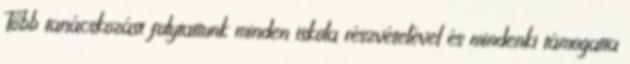
Több tanácskozást folytattunk minden iskola részvételével és mindenki támogatta